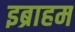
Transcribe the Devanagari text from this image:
इब्राहम